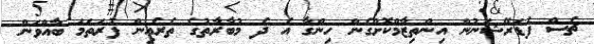
ޗެސް ފެޑަރޭޝަނުން އިންތިޒާމްކޮށްގެން ހިންގާ އެ ދެ މުބާރާތުގެ ތެރެއިން ފުރަތަމަ ބާއްވަން